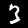
Digit: 3